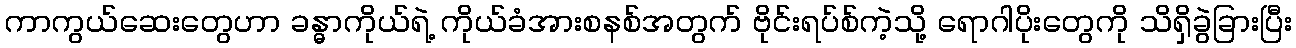
ကာကွယ်ဆေးတွေဟာ ခန္ဓာကိုယ်ရဲ့ ကိုယ်ခံအားစနစ်အတွက် ဗိုင်းရပ်စ်ကဲ့သို့ ရောဂါပိုးတွေကို သိရှိခွဲခြားပြီး